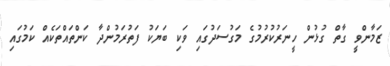
ޒަމާންވީ ގާތް ގުޅުން ހީނަރުކުރުމުގެ މަގުސަދުގައި ވަކި ބަޔަކު ފަތުރަމުންދާ ކަންތައްތަކެއް ކަމުގައި